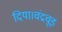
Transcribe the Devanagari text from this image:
दिया।चंद्रचूड़